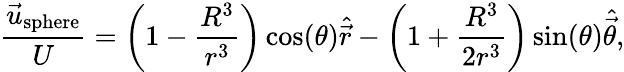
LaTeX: \frac{\vec{u}_{\mathrm{sphere}}}{U}=\left(1-\frac{R^{3}}{r^{3}}\right)\cos(\theta)\widehat{\vec{r}}-\left(1+\frac{R^{3}}{2r^{3}}\right)\sin(\theta)\widehat{\vec{\theta}},